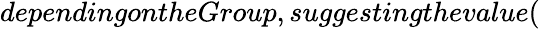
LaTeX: dependingontheGroup,suggestingthevalue(